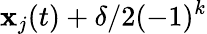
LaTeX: \mathbf{x}_{j}(t)+\delta/2(-1)^{k}